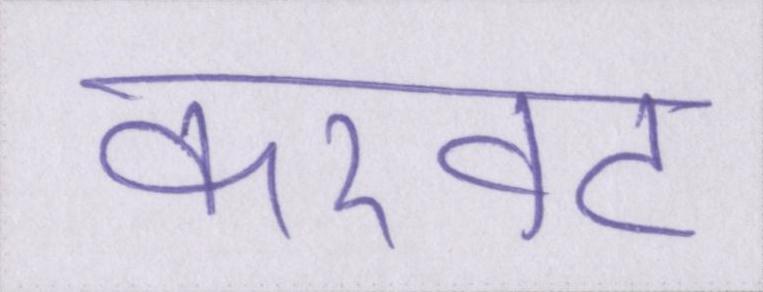
करवट